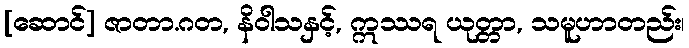
[ဆောင်] ဇာတာ.ဂတ, နိဝါသနှင့်, ဣဿရ ယုတ္တာ, သမူဟာတည်း၊